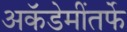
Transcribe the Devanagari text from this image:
अकॅडेमींतर्फे